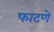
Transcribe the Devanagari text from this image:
फाटणे